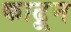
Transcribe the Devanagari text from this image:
काढू्न